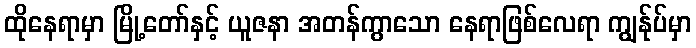
ထိုနေရာမှာ မြို့တော်နှင့် ယူဇနာ အတန်ကွာသော နေရာဖြစ်လေရာ ကျွန်ုပ်မှာ